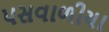
પસવાળીયા